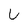
Character: U